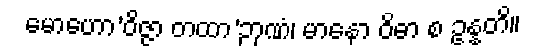
မောဟော’ဝိဇ္ဇာ တထာ’ဉာဏံ၊ မာနော ဝိဓာ စ ဥန္နတိ။